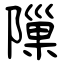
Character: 隟